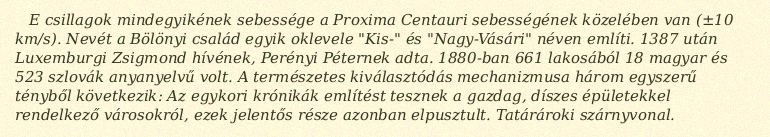
E csillagok mindegyikének sebessége a Proxima Centauri sebességének közelében van (±10 km/s). Nevét a Bölönyi család egyik oklevele "Kis-" és "Nagy-Vásári" néven említi. 1387 után Luxemburgi Zsigmond hívének, Perényi Péternek adta. 1880-ban 661 lakosából 18 magyar és 523 szlovák anyanyelvű volt. A természetes kiválasztódás mechanizmusa három egyszerű tényből következik: Az egykori krónikák említést tesznek a gazdag, díszes épületekkel rendelkező városokról, ezek jelentős része azonban elpusztult. Tatárároki szárnyvonal.